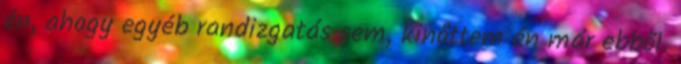
én, ahogy egyéb randizgatás sem, kinőttem én már ebből.